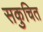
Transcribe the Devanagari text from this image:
सकुचित